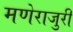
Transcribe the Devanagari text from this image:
मणेराजुरी